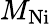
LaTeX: M_{\mathrm{Ni}}